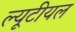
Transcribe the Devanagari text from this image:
ल्यूटीयल